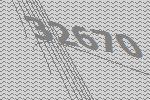
32670